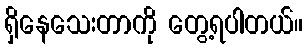
ရှိနေသေးတာကို တွေ့ရပါတယ်။